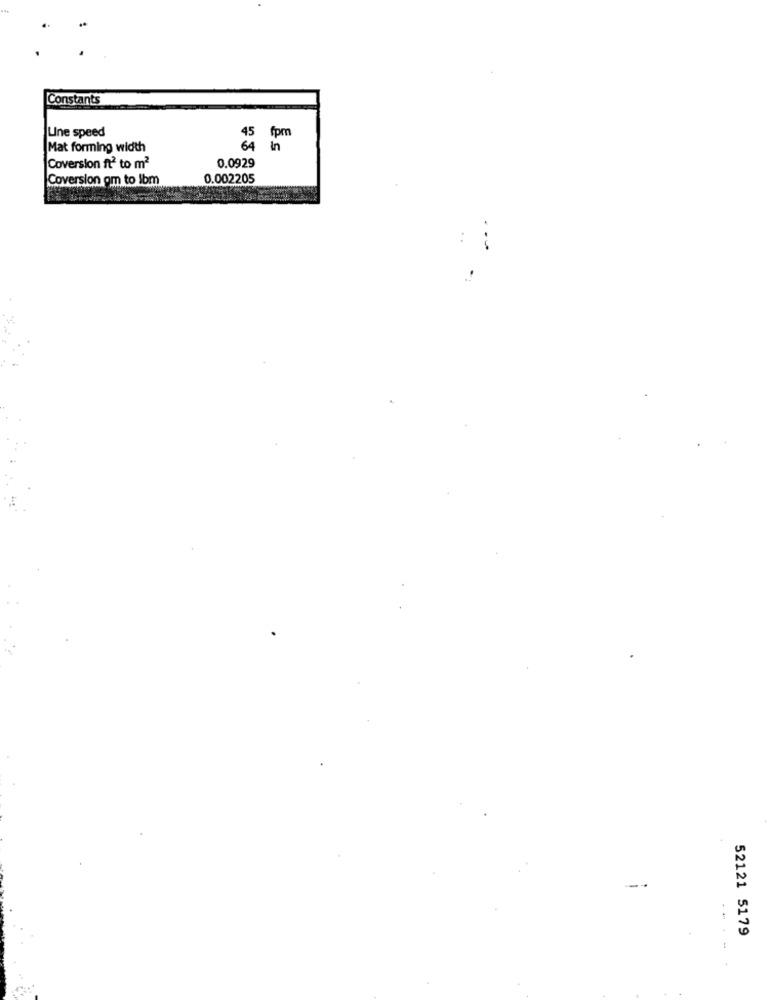
Constants
45
Une speed
fpm
Mat forming width
64
in
Coversion ft2 to m2
0.0929
Coversion om to Ibm
0.002205
52121 5179